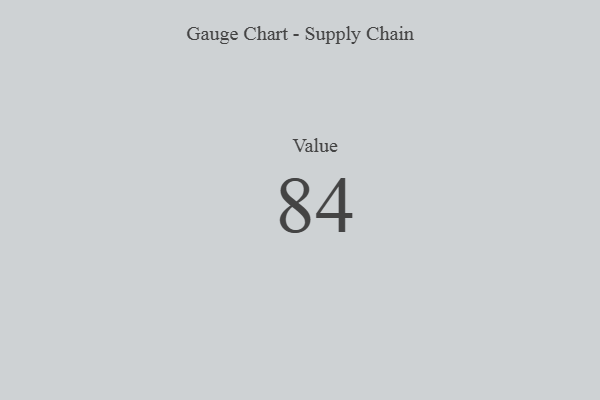
{"axis": {"x": "Metric", "y": "Value"}, "legend": [""], "data": [{"x": "Value", "y": 84, "type": ""}]}